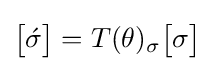
{\begin{bmatrix}{\acute {\sigma }}\end{bmatrix}}=T(\theta )_{\sigma }{\begin{bmatrix}\sigma \end{bmatrix}}